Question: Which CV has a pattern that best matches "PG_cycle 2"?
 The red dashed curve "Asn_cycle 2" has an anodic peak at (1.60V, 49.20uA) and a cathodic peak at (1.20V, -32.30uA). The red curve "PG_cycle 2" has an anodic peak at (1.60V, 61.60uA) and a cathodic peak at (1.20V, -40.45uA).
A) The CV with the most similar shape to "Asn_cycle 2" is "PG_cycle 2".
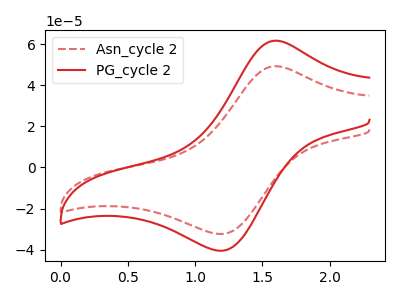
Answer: <think>All the peaks in "Asn_cycle 2" have a peak in "PG_cycle 2" at the same potential. Every peak in "Asn_cycle 2" is lower than every peak in "PG_cycle 2".
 </think>
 <answer>A) The CV with the most similar shape to "Asn_cycle 2" is "PG_cycle 2".</answer>
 <eval>A</eval>